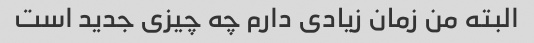
البته من زمان زیادی دارم چه چیزی جدید است